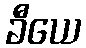
ခီယေ